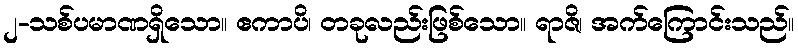
၂-သစ်ပမာဏရှိသော။ ဧကာပိ၊ တခုလည်းဖြစ်သော။ ရာဇိ၊ အက်ကြောင်းသည်။